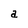
Character: a